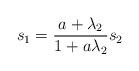
LaTeX: \begin{align*}s_1 = \frac{a+\lambda_2}{1+a\lambda_2}s_2\end{align*}